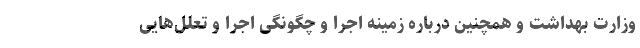
وزارت بهداشت و همچنین درباره زمینه اجرا و چگونگی اجرا و تعلل‌هایی